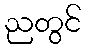
ညတွင်